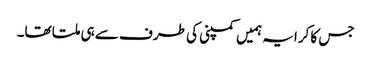
جس کا کرایہ ہمیں کمپنی کی طرف سے ہی ملتا تھا۔